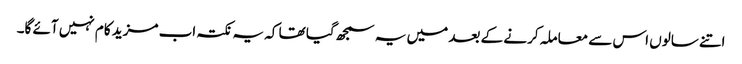
اتنے سالوں اس سے معاملہ کرنے کے بعد میں یہ سمجھ گیا تھا کہ یہ نکتہ اب مزید کام نہیں آئے گا۔